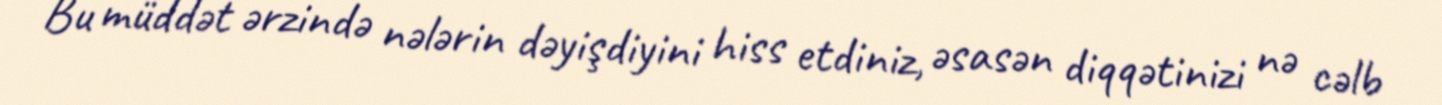
Bu müddət ərzində nələrin dəyişdiyini hiss etdiniz, əsasən diqqətinizi nə cəlb